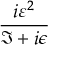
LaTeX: \frac { i \varepsilon ^ { 2 } } { \Im + i \epsilon }